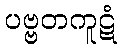
ပဗ္ဗတကူဋံ